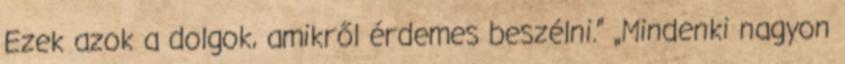
Ezek azok a dolgok, amikről érdemes beszélni.” „Mindenki nagyon